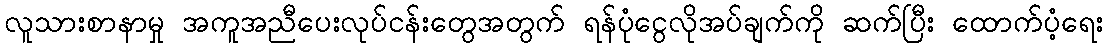
လူသားစာနာမှု အကူအညီပေးလုပ်ငန်းတွေအတွက် ရန်ပုံငွေလိုအပ်ချက်ကို ဆက်ပြီး ထောက်ပံ့ရေး